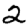
Digit: 2